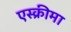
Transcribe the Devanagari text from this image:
एस्क्रीमा